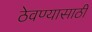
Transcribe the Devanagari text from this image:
ठेवण्‍यासाठी